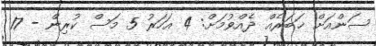
ސަންއަށް ޚަބަރެއް ދެއްވުމަށް: 4 އަހަރު 5 މަސް ކުރިން - 17